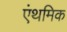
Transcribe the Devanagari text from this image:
एंथमिक